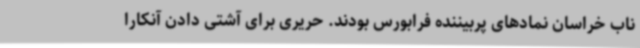
ناب خراسان نمادهای پربیننده فرابورس بودند. حریری برای آشتی دادن آنکارا